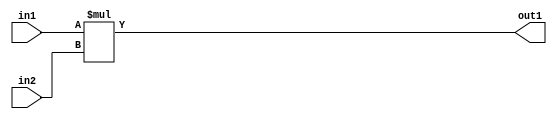
`timescale 1ps / 1ps
/*****************************************************************************
    Verilog RTL Description
    
    
    Created by: Stratus DpOpt 2019.1.01 
*******************************************************************************/

module SobelFilter_Mul_8Ux8U_16U_1 (
	in2,
	in1,
	out1
	); /* architecture "behavioural" */ 
input [7:0] in2,
	in1;
output [15:0] out1;
wire [15:0] asc001;

assign asc001 = 
	+(in1 * in2);

assign out1 = asc001;
endmodule

/* CADENCE  urj4TQ4= : u9/ySgnWtBlWxVPRXgAZ4Og= ** DO NOT EDIT THIS LINE ******/